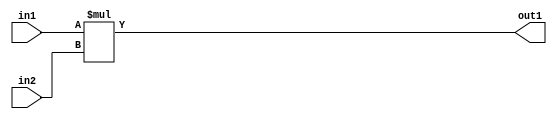
`timescale 1ps / 1ps
/*****************************************************************************
    Verilog RTL Description
    
    
    Created by: Stratus DpOpt 2019.1.01 
*******************************************************************************/

module SobelFilter_Mul_8Ux8U_16U_1 (
	in2,
	in1,
	out1
	); /* architecture "behavioural" */ 
input [7:0] in2,
	in1;
output [15:0] out1;
wire [15:0] asc001;

assign asc001 = 
	+(in1 * in2);

assign out1 = asc001;
endmodule

/* CADENCE  urj4TQ4= : u9/ySgnWtBlWxVPRXgAZ4Og= ** DO NOT EDIT THIS LINE ******/